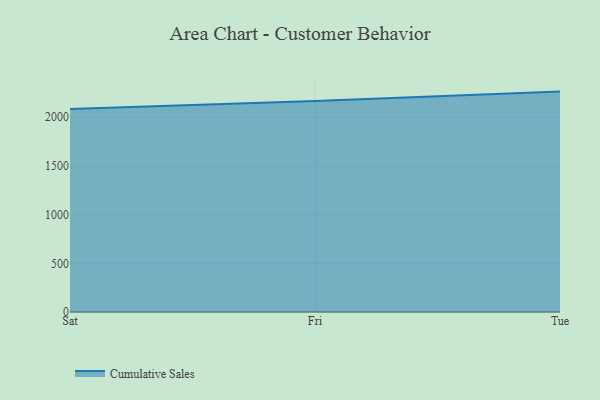
{"axis": {"x": "Day", "y": "Gross Profit (USD K)"}, "legend": ["Cumulative Sales"], "data": [{"x": "Sat", "y": 2084.1, "type": "Cumulative Sales"}, {"x": "Fri", "y": 2167.6, "type": "Cumulative Sales"}, {"x": "Tue", "y": 2263.5, "type": "Cumulative Sales"}]}